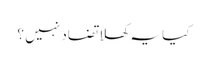
کیا یہ کھلا تضاد نہیں ؟